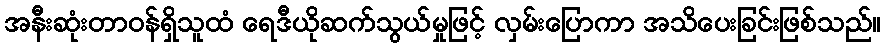
အနီးဆုံးတာဝန်ရှိသူထံ ရေဒီယိုဆက်သွယ်မှုဖြင့် လှမ်းပြောကာ အသိပေးခြင်းဖြစ်သည်။